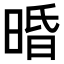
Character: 𣇲